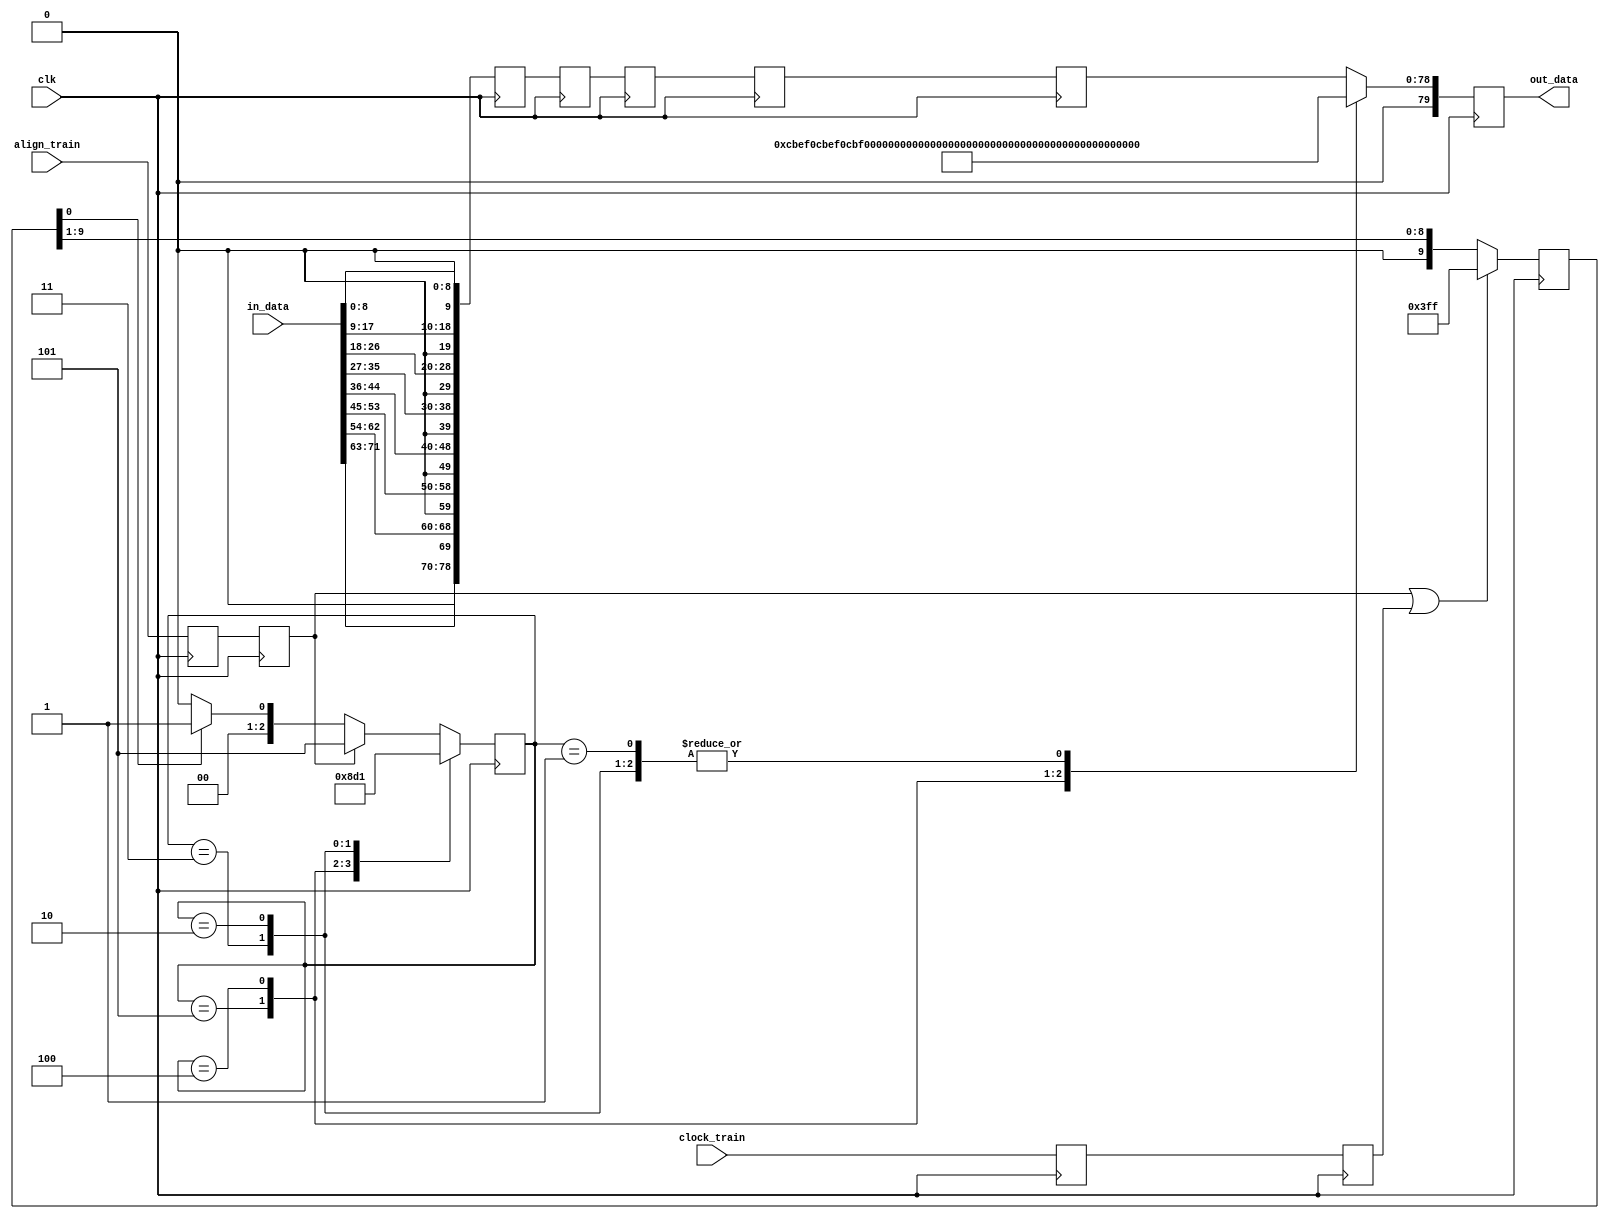
///////////////////////////////////////////////////////////////////////////////
// insert_training_pattern.v : 
//
//
// Part of the DisplayPort_Verlog project - an open implementation of the 
// DisplayPort protocol for FPGA boards. 
//
// See https://github.com/hamsternz/DisplayPort_Verilog for latest versions.
//
///////////////////////////////////////////////////////////////////////////////
// Version |  Notes
// ----------------------------------------------------------------------------
//   1.0   | Initial Release
//
///////////////////////////////////////////////////////////////////////////////
//
// MIT License
// 
// Copyright (c) 2019 Mike Field
// 
// Permission is hereby granted, free of charge, to any person obtaining a copy
// of this software and associated documentation files (the "Software"), to deal
// in the Software without restriction, including without limitation the rights
// to use, copy, modify, merge, publish, distribute, sublicense, and/or sell
// copies of the Software, and to permit persons to whom the Software is
// furnished to do so, subject to the following conditions:
// 
// The above copyright notice and this permission notice shall be included in all
// copies or substantial portions of the Software.
// 
// THE SOFTWARE IS PROVIDED "AS IS", WITHOUT WARRANTY OF ANY KIND, EXPRESS OR
// IMPLIED, INCLUDING BUT NOT LIMITED TO THE WARRANTIES OF MERCHANTABILITY,
// FITNESS FOR A PARTICULAR PURPOSE AND NONINFRINGEMENT. IN NO EVENT SHALL THE
// AUTHORS OR COPYRIGHT HOLDERS BE LIABLE FOR ANY CLAIM, DAMAGES OR OTHER
// LIABILITY, WHETHER IN AN ACTION OF CONTRACT, TORT OR OTHERWISE, ARISING FROM,
// OUT OF OR IN CONNECTION WITH THE SOFTWARE OR THE USE OR OTHER DEALINGS IN THE
// SOFTWARE.
//
///////////////////////////////////////////////////////////////////////////////
//
// Want to say thanks?
//
// This design has taken many hours - 3 months of work for the initial VHDL
// design, and another month or so to convert it to Verilog for this release.
//
// I'm more than happy to share it if you can make use of it. It is released
// under the MIT license, so you are not under any onus to say thanks, but....
//
// If you what to say thanks for this design either drop me an email, or how about
// trying PayPal to my email (hamster@snap.net.nz)?
//
//  Educational use - Enough for a beer
//  Hobbyist use    - Enough for a pizza
//  Research use    - Enough to take the family out to dinner
//  Commercial use  - A weeks pay for an engineer (I wish!)
//
///////////////////////////////////////////////////////////////////////////////
`timescale 1ns / 1ps

module  insert_training_pattern(
        input wire         clk,
        input wire         clock_train,
        input wire         align_train,
		
        input wire  [71:0] in_data,
        output wire [79:0] out_data
    );

	////////////////////////////////////////////////////////
	//
	// This is designed so the change over from test patterns
	// to data stream happens seamlessly - e.g. the value for 
	// presented on data_in when clock_train and align_train
	// are both become zero is guaranteed to be sent
	//
	// +----+--------------------+--------------------+
	// |Word| Training pattern 1 | Training pattern 2 |
	// |    | Code  MSB    LSB   | Code   MSB     LSB |
	// +----+--------------------+-------------------+
	// |  0 | D10.2 1010101010   | K28.5- 0101111100  |
	// |  1 | D10.2 1010101010   | D11.6  0110001011  |
	// |  2 | D10.2 1010101010   | K28.5+ 1010000011  |
	// |  3 | D10.2 1010101010   | D11.6  0110001011  |
	// |  4 | D10.2 1010101010   | D10.2  1010101010  |
	// |  5 | D10.2 1010101010   | D10.2  1010101010  |
	// |  6 | D10.2 1010101010   | D10.2  1010101010  |
	// |  7 | D10.2 1010101010   | D10.2  1010101010  |
	// |  8 | D10.2 1010101010   | D10.2  1010101010  |
	// |  9 | D10.2 1010101010   | D10.2  1010101010  |
	// +----+--------------------+--------------------+
	// Patterns are transmitted LSB first.
	////////////////////////////////////////////////////////

    reg         clock_train_meta, clock_train_i;   // TODO: NEED TO SET ASYNCREG!
    reg         align_train_meta, align_train_i;   // TODO: NEED TO SET ASYNCREG!
    reg   [2:0] state;
    reg   [9:0] hold_at_state_one = 10'b1111111111;
    reg  [79:0] delay_line [5:0];
    
    localparam [8:0] CODE_K28_5 = 9'b110111100;
    localparam [8:0] CODE_D11_6 = 9'b011001011;
    localparam [8:0] CODE_D10_2 = 9'b001001010;

    localparam [19:0] p0 = {1'b0, CODE_D11_6, 1'b1, CODE_K28_5};
    localparam [19:0] p1 = {1'b0, CODE_D11_6, 1'b0, CODE_K28_5};
    localparam [19:0] p2 = {1'b0, CODE_D10_2, 1'b0, CODE_D10_2};
    localparam [19:0] p3 = {1'b0, CODE_D10_2, 1'b0, CODE_D10_2};
    localparam [19:0] p4 = {1'b0, CODE_D10_2, 1'b0, CODE_D10_2};

    assign out_data = delay_line[5];
	
initial begin
    clock_train_meta  = 1'b0;
    clock_train_i     = 1'b0;
    align_train_meta  = 1'b0;
    align_train_i     = 1'b0;
    delay_line[0]     = 80'b0;
    delay_line[1]     = 80'b0;
    delay_line[2]     = 80'b0;
    delay_line[3]     = 80'b0;
    delay_line[4]     = 80'b0;
    delay_line[5]     = 80'b0;
end

always @(posedge clk) begin
  // Move the delay line along 
	delay_line[5] <= delay_line[4];
	delay_line[4] <= delay_line[3];
	delay_line[3] <= delay_line[2];
	delay_line[2] <= delay_line[1];
	delay_line[1] <= delay_line[0];
	delay_line[0] <= { 1'b0, in_data[71:63], 1'b0, in_data[62:54],
  				       1'b0, in_data[53:45], 1'b0, in_data[44:36],
				       1'b0, in_data[35:27], 1'b0, in_data[26:18],
				       1'b0, in_data[17:9],  1'b0, in_data[8:0]};

    // Do we need to hold at state 1 until valid data has filtered down the delay line?
    if(align_train_i == 1'b1 ||  clock_train_i == 1'b1) begin
	   hold_at_state_one <= 10'b1111111111;
	end else begin
	   hold_at_state_one <= {1'b0, hold_at_state_one[9:1] };
	end
            
    // Do we need to overwrite the data in slot 5 with the sync patterns?
	case(state)
		3'b101: begin
		            state <= 3'b100; 
		            delay_line[5] <= {p0, p0, p0, p0};
				end

		3'b100: begin
		            state <= 3'b011;
					delay_line[5] <= {p1, p1, p1, p1};
			    end

		3'b011: begin 
		            state <= 3'b010;
					delay_line[5] <= {p2, p2, p2, p2};
				end

		3'b010: begin
		            state <= 3'b001;
					delay_line[5] <= {p3, p3, p3, p3};
				end

		3'b001: begin
		            state <= 3'b000; 
					delay_line[5] <= {p4, p4, p4, p4};
					if(align_train_i == 1'b1) begin
						state <= 3'b101;
					end else if(hold_at_state_one[0] == 1'b1) begin
						state <= 3'b001;
					end
				end

		default: begin
					state <= 3'b000;
					if(align_train_i == 1'b1) begin
						state <= 3'b101;
					end else if(hold_at_state_one[0] == 1'b1) begin
						state <= 3'b001;
					end
				end
	endcase
	 
	// Synchronize the control signals
	clock_train_meta <= clock_train;
	clock_train_i    <= clock_train_meta;
	align_train_meta <= align_train;
	align_train_i    <= align_train_meta;                
end
endmodule